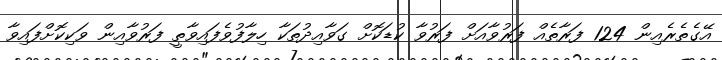
އޭގެތެރެއިން 124 ފަރާތެއް ފަރުވާއަށް ފަރުވާ ކުޑަކޮށް ގަވާއިދުތަކާ ހިލާފުވެފައިވާތީ ފަރުވާއިން ވަކިކޮށްފައިވާ